Scientific memoirs by medical officers of the Army of India - Part IX,
Year: 1895
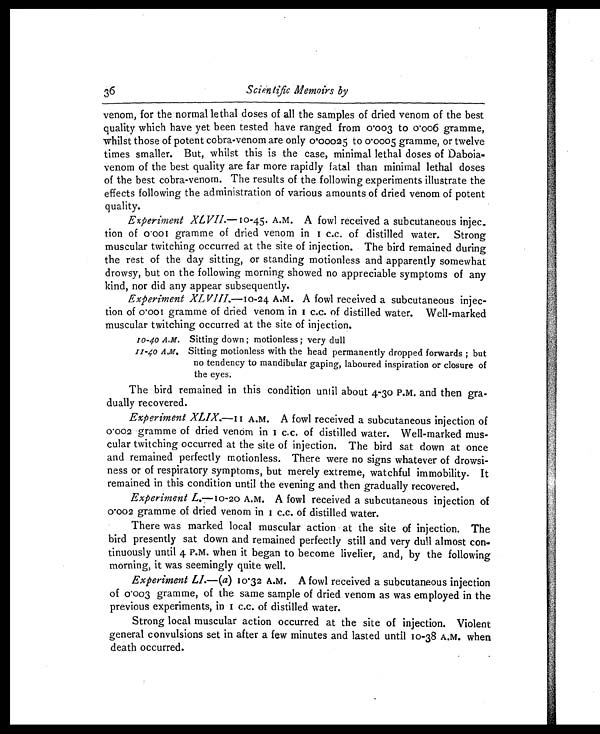
10-40 A.M.
11-40 A.m.
Scientific Memoirs by
36
venom, for the normal lethal doses of all the samples of dried venom of the best
quality which have yet been tested have ranged from 0.003 to 0.006 gramme,
whilst those of potent cobra-venom are only 0.00025 to 0.0005 gramme, or twelve
times smaller. But, whilst this is the case, minimal lethal doses of Daboia-
venom of the best quality are far more rapidly fatal than minimal lethal doses
of the best cobra-venom. The results of the following experiments illustrate the
effects following the administration of various amounts of dried venom of potent
quality.
Experiment XLVII.—10-45 A.M. A fowl received a subcutaneous injec
tion of 0.001 gramme of dried venom in 1 c.c. of distilled water. Strong
muscular twitching occurred at the site of injection. The bird remained during
the rest of the day sitting, or standing motionless and apparently somewhat
drowsy, but on the following morning showed no appreciable symptoms of any
kind, nor did any appear subsequently.
Experiment XLVIII.—10-24 A.M. A fowl received a subcutaneous injec.
tion of 0.001 gramme of dried venom in 1 c.c. of distilled water. Well-marked
muscular twitching occurred at the site of injection.
Sitting down ; motionless ; very dull
Sitting motionless with the head permanently dropped forwards ; but
no tendency to mandibular gaping, laboured inspiration or closure of
the eyes.
The bird remained in this condition until about 4-30 P.M. and then gra-
dually recovered.
Experiment XLIX.— 11 A.M. A fowl received a subcutaneous injection of
0.002 gramme of dried venom in 1 c.c. of distilled water. Well-marked mus-
cular twitching occurred at the site of injection. The bird sat down at once
and remained perfectly motionless. There were no signs whatever of drowsi-
ness or of respiratory symptoms, but merely extreme, watchful immobility. It
remained in this condition until the evening and then gradually recovered.
Experiment L.—10-20 A.M. A fowl received a subcutaneous injection of
0.002 gramme of dried venom in 1 c.c. of distilled water.
There was marked local muscular action at the site of injection. The
bird presently sat down and remained perfectly still and very dull almost con-
tinuously until 4 P.M. when it began to become livelier, and, by the following
morning, it was seemingly quite well.
Experiment LI.—(a) 10.32 A.M. A fowl received a subcutaneous injection
of 0.003 gramme, of the same sample of dried venom as was employed in the
previous experiments, in 1 c.c. of distilled water.
Strong local muscular action occurred at the site of injection. Violent
general convulsions set in after a few minutes and lasted until 10-38 A.M. when
death occurred.